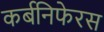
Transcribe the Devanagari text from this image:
कर्बनिफेरस